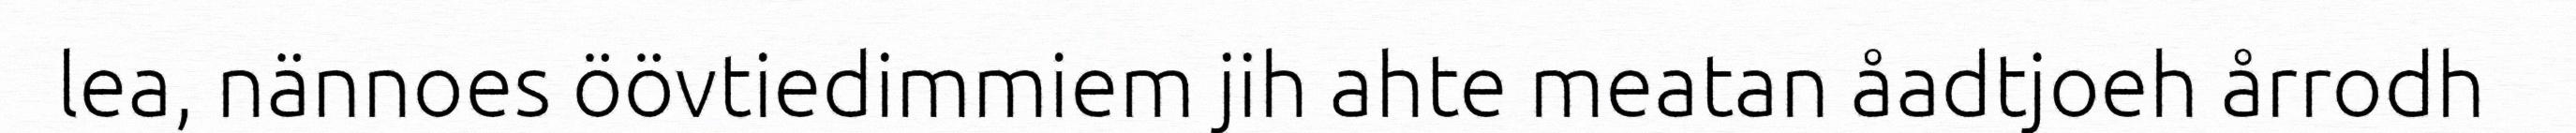
lea, nännoes öövtiedimmiem jih ahte meatan åadtjoeh årrodh